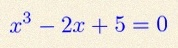
x^3-2x+5=0